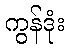
ကွန်ဒုံး